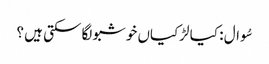
سُوال : کیا لڑکیاں خوشبو لگا سکتی ہیں ؟